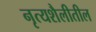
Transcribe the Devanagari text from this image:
नृत्यशैलीतील